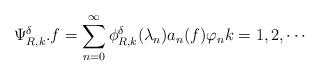
LaTeX: \begin{align*}\Psi_{R,k}^{\delta}.f=\sum_{n=0}^{\infty}\phi_{R,k}^{\delta}(\lambda_n)a_n(f)\varphi_n k=1,2,\cdots\end{align*}